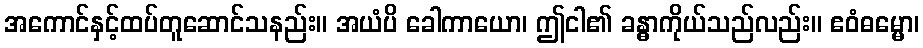
အကောင်နှင့်ထပ်တူဆောင်သနည်း။ အယံပိ ခေါကာယော၊ ဤငါ၏ ခန္ဓာကိုယ်သည်လည်း။ ဧဝံဓမ္မော၊